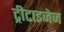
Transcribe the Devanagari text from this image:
ट्रीटाइजेज